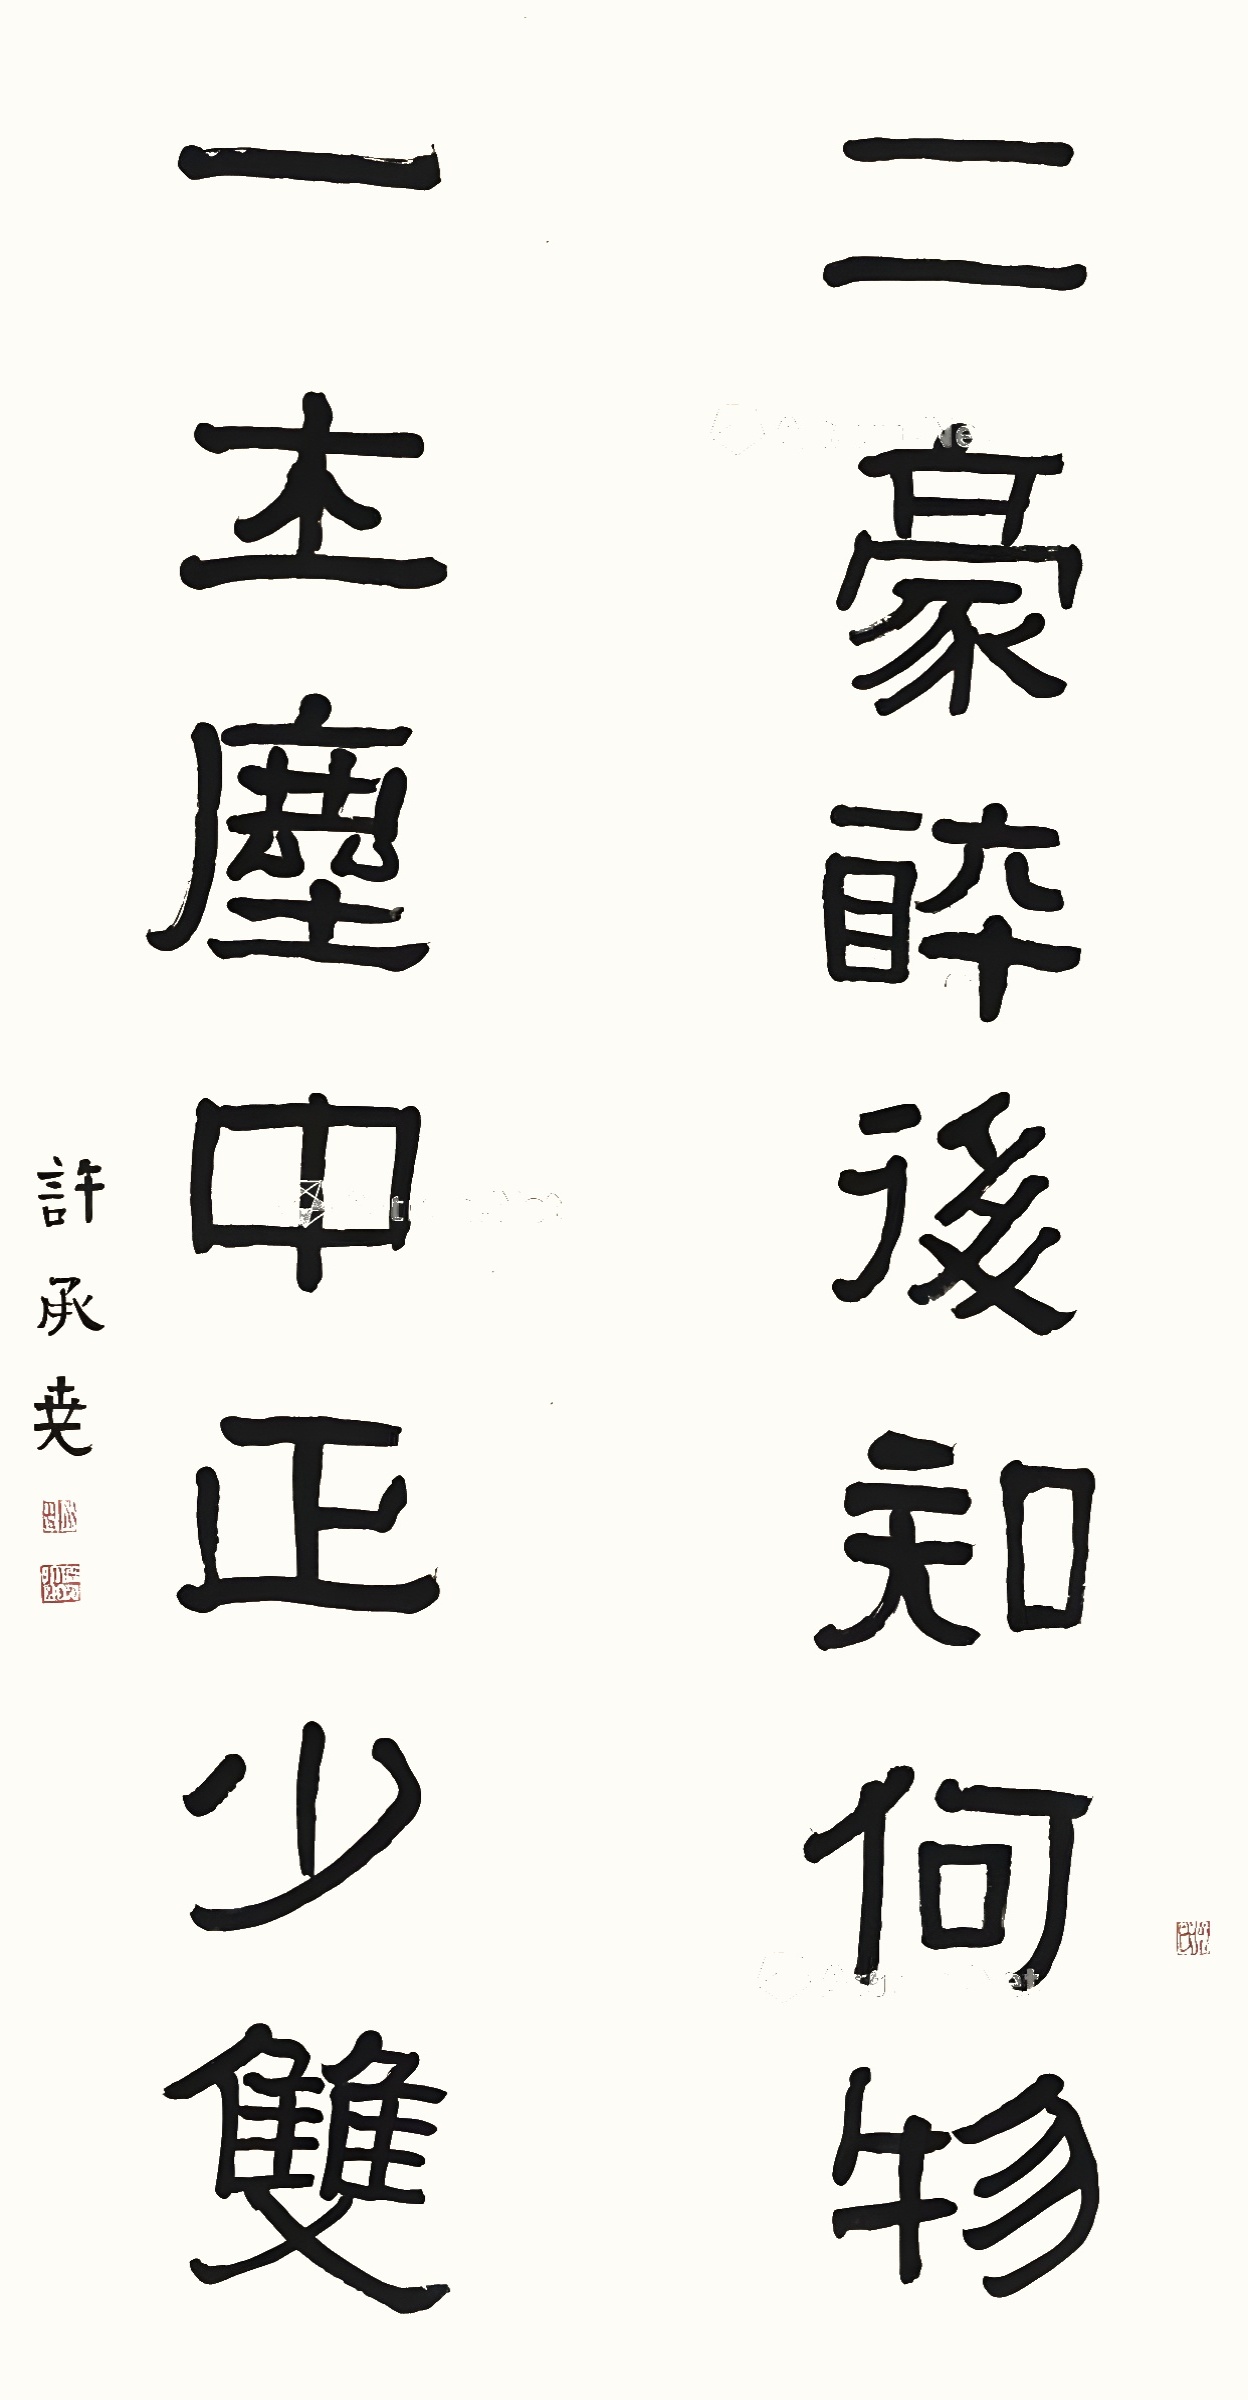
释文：二豪醉后知何物，一士尘中正少双。许承尧。